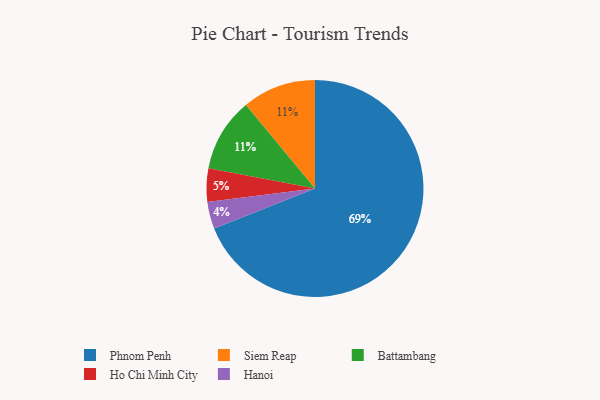
{"axis": {"x": "Category", "y": "Percentage"}, "legend": ["Battambang", "Hanoi", "Ho Chi Minh City", "Phnom Penh", "Siem Reap"], "data": [{"x": "Siem Reap", "y": 11, "type": "Siem Reap"}, {"x": "Battambang", "y": 11, "type": "Battambang"}, {"x": "Hanoi", "y": 4, "type": "Hanoi"}, {"x": "Phnom Penh", "y": 69, "type": "Phnom Penh"}, {"x": "Ho Chi Minh City", "y": 5, "type": "Ho Chi Minh City"}]}